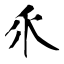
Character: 乑